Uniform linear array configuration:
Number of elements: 4
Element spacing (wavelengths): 0.75
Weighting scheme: hann
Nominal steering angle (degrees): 0
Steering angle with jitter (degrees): -1.946
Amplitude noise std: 0.05
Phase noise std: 0.05

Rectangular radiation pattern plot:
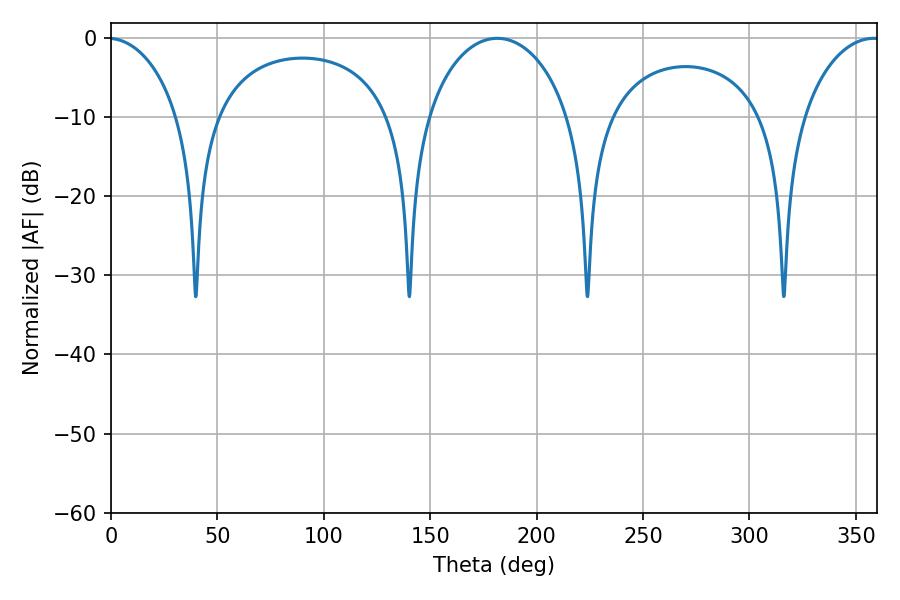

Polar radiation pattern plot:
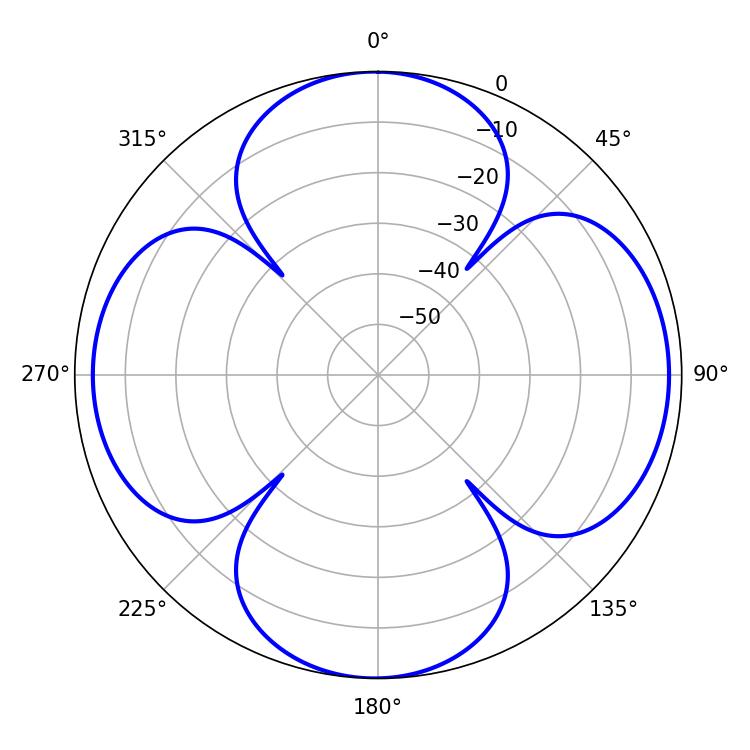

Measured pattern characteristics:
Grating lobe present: TRUE
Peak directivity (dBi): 12.635
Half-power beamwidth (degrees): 38.88
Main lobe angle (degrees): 181.44